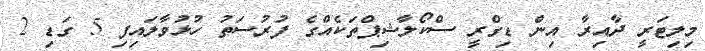
މިލިޓަރީ ދާއިރާ އިން ޑިގްރީ ސްކޯލާޝިޕްތަކެއްގެ ފުރުސަތު ހުޅުވާލައިފި 5 ގަޑި 2